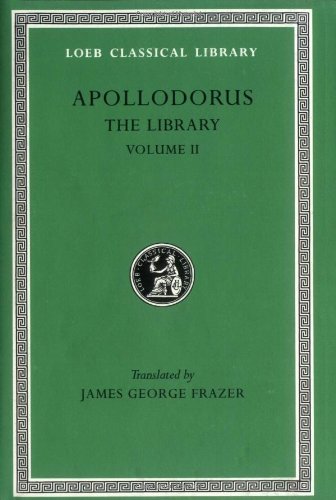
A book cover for Apollodorus: The Library, Vol. 2: Book 3.10-16 / Epitome (Loeb Classical Library, No. 122) (Volume II); Apollodorus; Literature & Fiction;